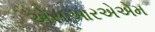
એસઆરએએમ